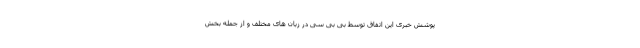
پوشش خبری این اتفاق توسط بی بی سی در زبان های مختلف و از جمله بخش